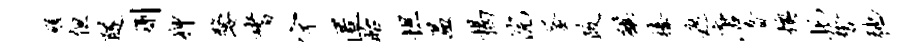
磋但隧删狎嫠嗜字匿眙坦温揭浣釜政麒榛遮唐音燠托誓弛